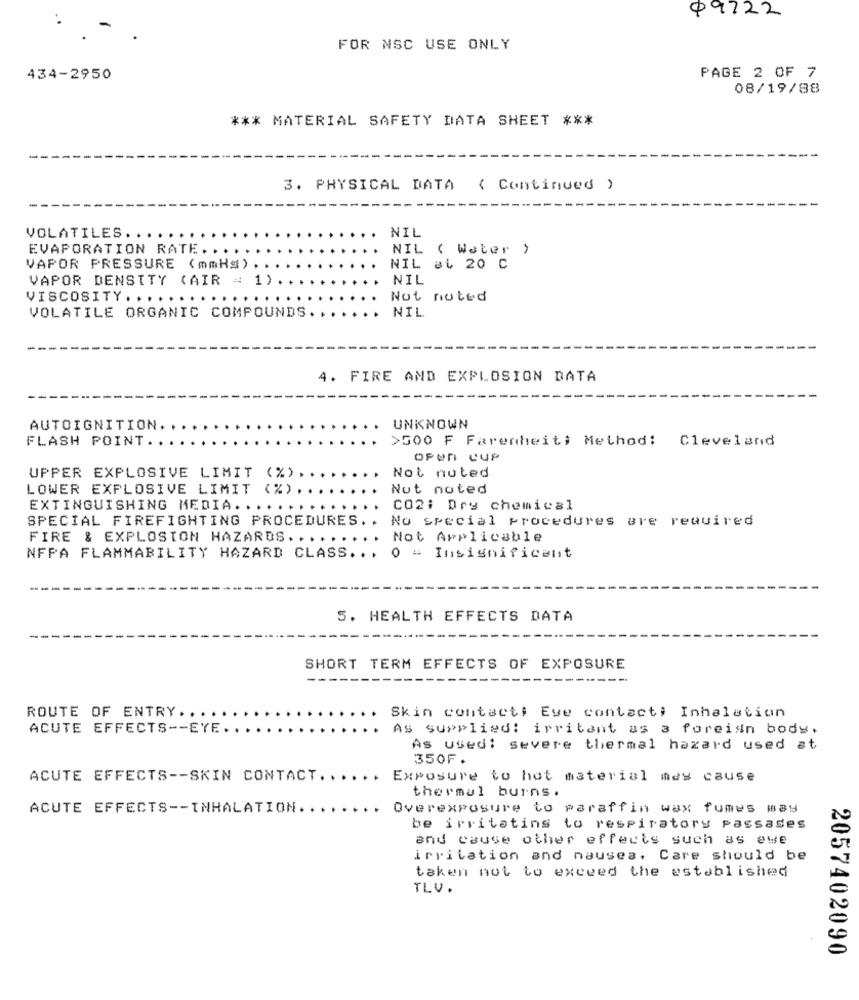
09122
-
FOR NSC USE ONLY
434-2950
PAGE 2 OF 7
08/19/88
*** MATERIAL SAFETY DATA SHEET ***
3. PHYSICAL DATA
( Continued )
VOLATILES.
NIL
EVAPORATION RATE ..
NIL ( Water )
VAPOR PRESSURE (mmHg)
NIL at 20 C
VAPOR DENSITY (AIR = 1
NIL
VISCOSITY. ......
...
Not noted
VOLATILE ORGANIC COMPOUNDS.
NIL
4. FIRE AND EXPLOSION DATA
AUTOIGNITION
UNKNOWN
FLASH POINT.
>500 F Farenheiti Method: Cleveland
UPPER EXPLOSIVE LIMIT (%)
Not nuted
LOWER EXPLOSIVE LIMIT (%).
Nut noted
EXTINGUISHING MEDIA. .....
CO2: Dry chemical
SPECIAL FIREFIGHTING PROCEDURES ..
No special procedures are required
FIRE & EXPLOSION HAZARDS ....
Not Applicable
NFPA FLAMMABILITY HAZARD CLASS ..
0 = Insignificant
5. HEALTH EFFECTS DATA
SHORT TERM EFFECTS OF EXPOSURE
----
Skin contacts Eve contact; Inhalation
ROUTE OF ENTRY. . ..
ACUTE EFFECTS -- EYE.
As supplied: irritant as 3 foreign body.
As used: severe thermal hazard used at
350F.
ACUTE EFFECTS -- SKIN CONTACT ...
Exposure to hot material mes cause
thermal burns.
ACUTE EFFECTS -- INHALATION.
Overexposure to paraffin wax fumes may
be irritating to respiratory passades
and cause other effects such as ewe
irritation and nausea. Care should be
taken not to exceed the established
TLV.
2057402090